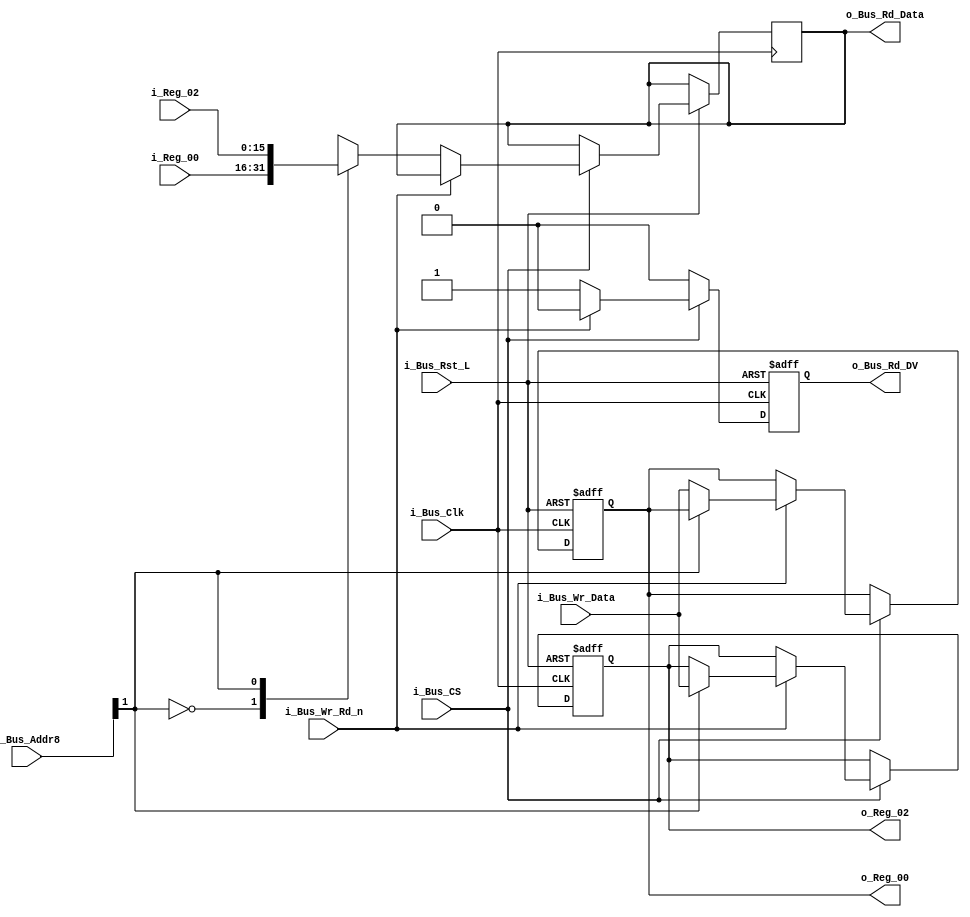
module Bus_Reg_X2 #(parameter INIT_00  = 0,
                    parameter INIT_02  = 0) 
 (input             i_Bus_Rst_L,
  input             i_Bus_Clk,
  input             i_Bus_CS,
  input             i_Bus_Wr_Rd_n,
  input [1:0]       i_Bus_Addr8,
  input [15:0]      i_Bus_Wr_Data,
  output reg [15:0] o_Bus_Rd_Data,
  output reg        o_Bus_Rd_DV,
  input [15:0]      i_Reg_00,
  input [15:0]      i_Reg_02,
  output reg [15:0] o_Reg_00,
  output reg [15:0] o_Reg_02);

  always @(posedge i_Bus_Clk or negedge i_Bus_Rst_L)
  begin
    if (~i_Bus_Rst_L)
    begin
      o_Bus_Rd_DV <= 1'b0;
      o_Reg_00    <= INIT_00;
      o_Reg_02    <= INIT_02;
    end
    else
    begin
      o_Bus_Rd_DV <= 1'b0;

      if (i_Bus_CS == 1'b1)
      begin
        if (i_Bus_Wr_Rd_n == 1'b1) // Write Command
        begin
          case (i_Bus_Addr8[1])
          2'b0 : o_Reg_00 <= i_Bus_Wr_Data;
          2'b1 : o_Reg_02 <= i_Bus_Wr_Data;
          endcase
        end
        else // Read Command
        begin
          o_Bus_Rd_DV   <= 1'b1;
          
          case (i_Bus_Addr8[1])
          2'b0 : o_Bus_Rd_Data <= i_Reg_00;
          2'b1 : o_Bus_Rd_Data <= i_Reg_02;
          endcase 
        end // else: !if(i_Bus_Wr_Rd_n == 1'b1)
      end // if (i_Bus_CS == 1'b1)
    end // else: !if(!i_Bus_Rst_L)
  end // always @ (posedge i_Bus_Clk or negedge i_Bus_Rst_L)

endmodule